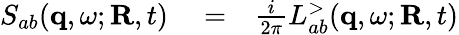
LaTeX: \begin{array}{rlr}{S_{ab}({\mathbf q},\omega;{\mathbf R},t)}&{{}=}&{\frac{i}{2\pi}L_{ab}^{>}({\mathbf q},\omega;{\mathbf R},t)}\end{array}